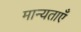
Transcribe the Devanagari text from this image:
मान्‍यताएँ